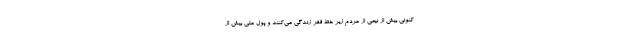
کنونی بیش از نیمی از مردم زیر خط فقر زندگی می‌کنند و پول ملی بیش از